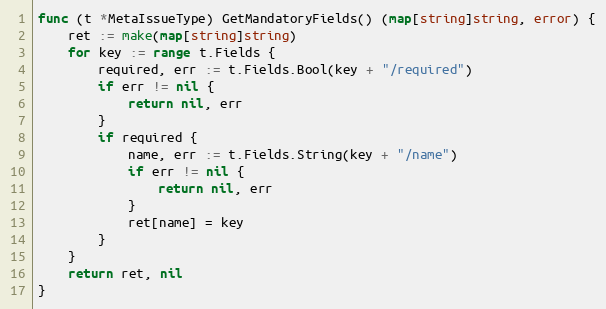
Language: Go
func (t *MetaIssueType) GetMandatoryFields() (map[string]string, error) {
	ret := make(map[string]string)
	for key := range t.Fields {
		required, err := t.Fields.Bool(key + "/required")
		if err != nil {
			return nil, err
		}
		if required {
			name, err := t.Fields.String(key + "/name")
			if err != nil {
				return nil, err
			}
			ret[name] = key
		}
	}
	return ret, nil
}